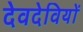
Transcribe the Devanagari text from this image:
देवदेवियों